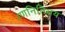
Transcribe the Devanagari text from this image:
रणनितिमय